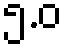
၅.ဝ